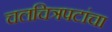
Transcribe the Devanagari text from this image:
चलचित्रपटांचा